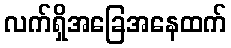
လက်ရှိအခြေအနေထက်